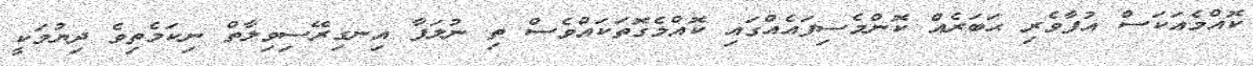
ކޮއްމެއަކަސް އުފާވެރި ޙަބަރެއް ކޮންމެސިފައެއްގައި ކޮއްމެގޮތަކައްވެސް ތި ނުލަފާ އިނގިރޭސިވިލާތް ނިކަމެތިވެ ދިޔުމަކީ